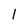
Character: l